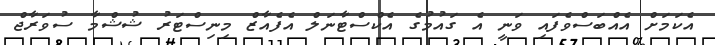
އެކަމަށް އެއްބަސްވެފައި ވަނީ އެ ގައުމުގެ އެކްސްޓާނަލް އެފެއާޒް މިނިސްޓަރު ޝުޝްމާ ސުވަރާޖް